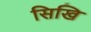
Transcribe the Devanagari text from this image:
सिखि